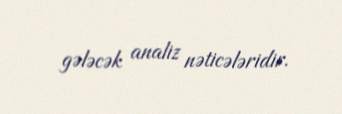
gələcək analiz nəticələridir.